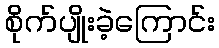
စိုက်ပျိုးခဲ့ကြောင်း